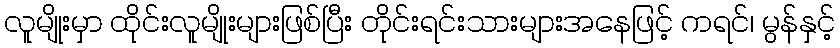
လူမျိုးမှာ ထိုင်းလူမျိုးများဖြစ်ပြီး တိုင်းရင်းသားများအနေဖြင့် ကရင်၊ မွန်နှင့်